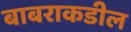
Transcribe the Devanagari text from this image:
बाबराकडील